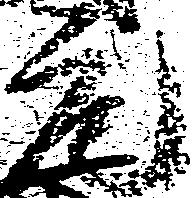
元